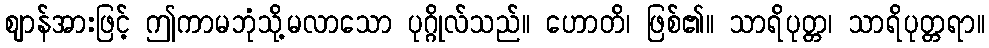
ဈာန်အားဖြင့် ဤကာမဘုံသို့မလာသော ပုဂ္ဂိုလ်သည်။ ဟောတိ၊ ဖြစ်၏။ သာရိပုတ္တ၊ သာရိပုတ္တရာ။